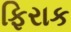
ફિરાક